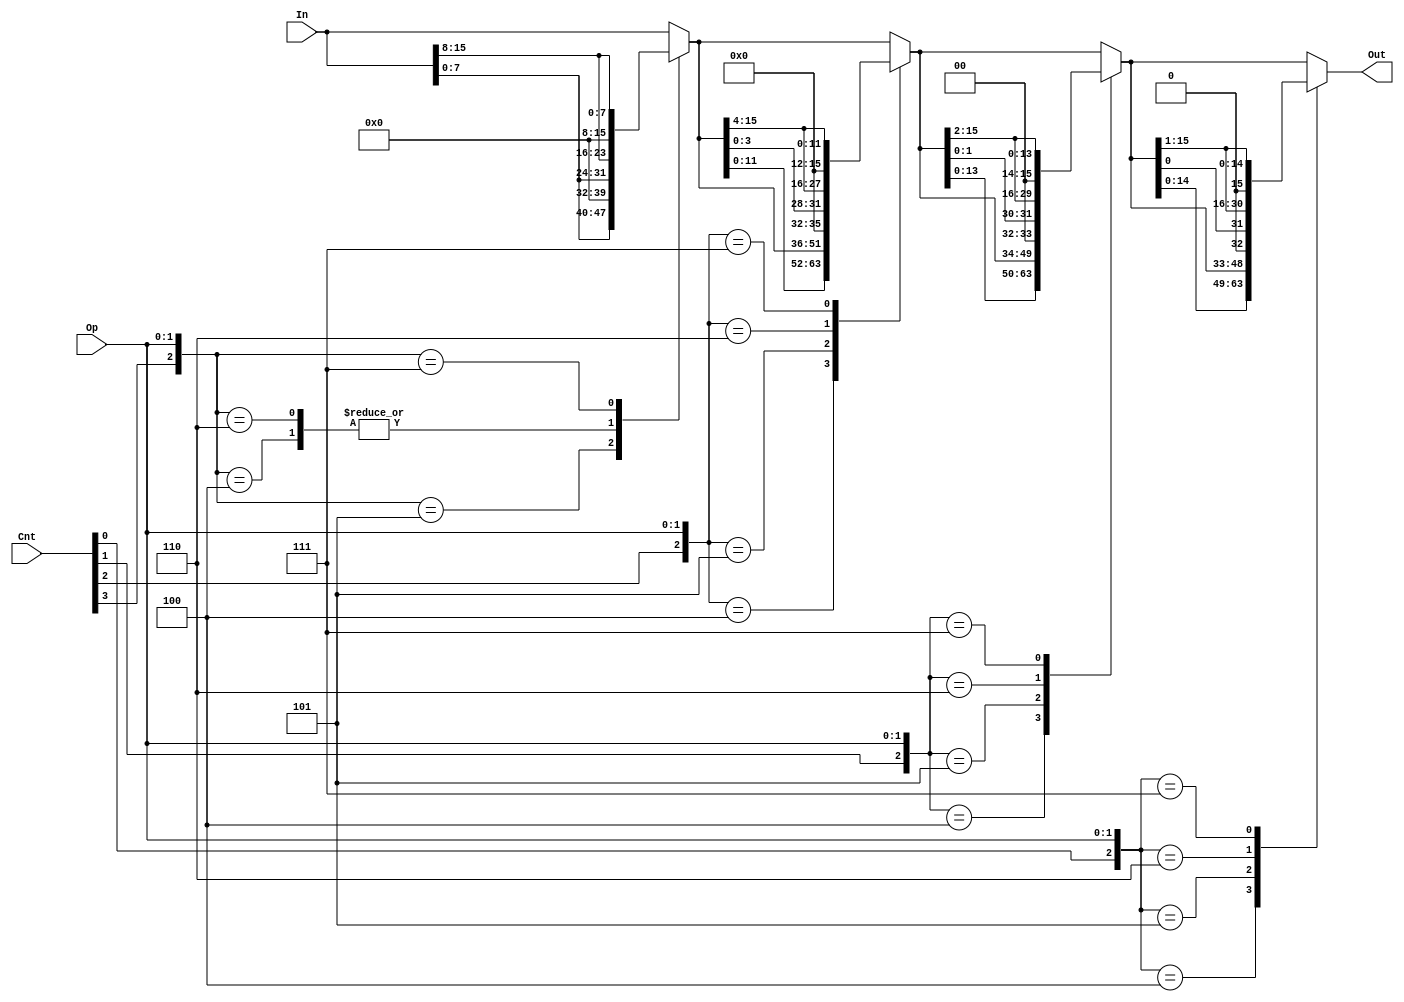
module shifter (In, Cnt, Op, Out);

  input [15:0] In;
  input [3:0] Cnt; 
  input [1:0] Op; 
  output reg [15:0] Out;


  reg [15:0] eight_four, four_two, two_one;  



  always @(*) begin

    case ({Cnt[3], Op})
     
      3'b100: eight_four <= {In[7:0], In[15:8]};
      
      3'b101: eight_four <= {In[7:0], 8'h00};
    
      3'b110: eight_four <= {In[7:0], In[15:8]};
      
      3'b111: eight_four <= {8'h00, In[15:8]};
     
      default: eight_four <= In;
    endcase
  end

  always @(*) begin
  
    case ({Cnt[2], Op})
    
      3'b100: four_two <= {eight_four[11:0], eight_four[15:12]};
      
      3'b101: four_two <= {eight_four[13:0], 4'h0};
  
      3'b110: four_two <= {eight_four[3:0], eight_four[15:4]};
    
      3'b111: four_two <= {4'h0, eight_four[15:4]};
      
      default: four_two <= eight_four;
    endcase
  end

  always @(*) begin
    
    case ({Cnt[1], Op})
     
      3'b100: two_one <= {four_two[13:0], four_two[15:14]};
    
      3'b101: two_one <= {four_two[13:0], 2'b00};
      
      3'b110: two_one <= {four_two[1:0], four_two[15:2]};
     
      3'b111: two_one <= {2'b00, four_two[15:2]};
  
      default: two_one <= four_two;
    endcase
  end

  always @(*) begin
    
    case ({Cnt[0], Op})
   
      3'b100: Out <= {two_one[14:0], two_one[15]};
     
      3'b101: Out <= {two_one[14:0], 1'b0};
      
      3'b110: Out <= {two_one[0], two_one[15:1]};
      
      3'b111: Out <= {1'b0, two_one[15:1]};
     
      default: Out <= two_one;
    endcase
  end
  
endmodule